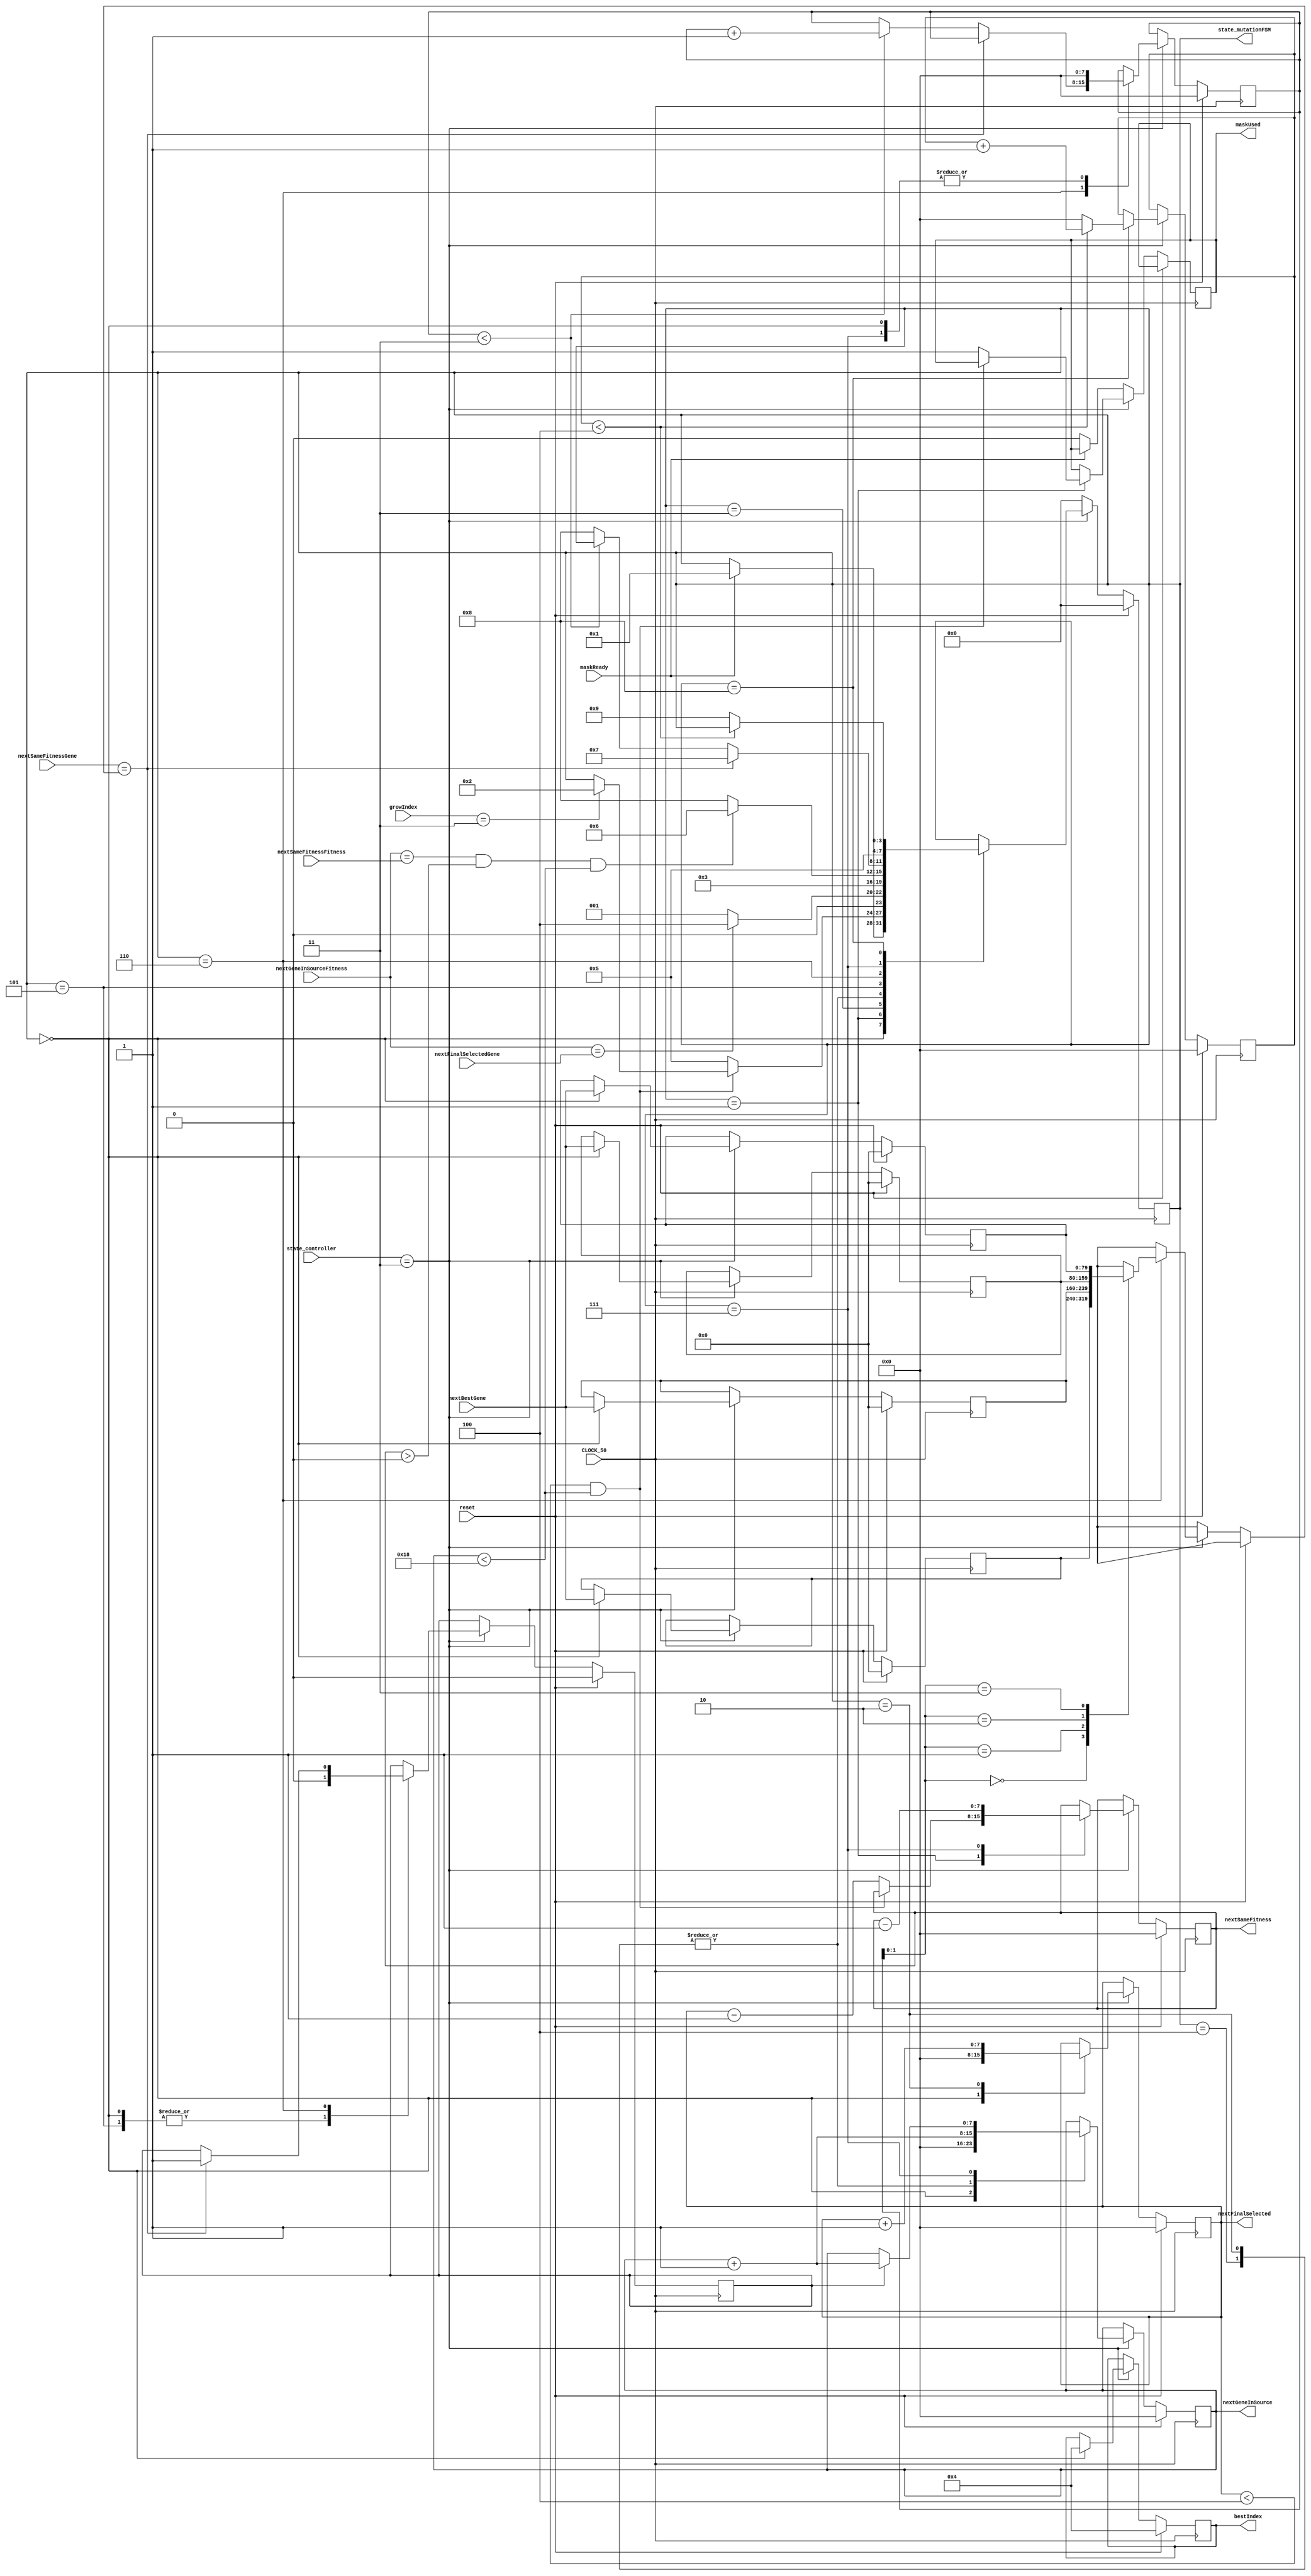
`timescale 1ns/1ns
module mutationFSM(CLOCK_50,reset,maskReady,state_controller,nextBestGene,nextSameFitnessFitness,nextGeneInSourceFitness,nextFinalSelectedGene,nextSameFitnessGene,growIndex,state_mutationFSM,maskUsed,bestIndex,nextSameFitness,nextGeneInSource,nextFinalSelected);
/*
	this function control all af the mutation process
			initial_mutationFSM in this state the registers which are indexes for gene selection have selected,
			mutation_mutationFSM in this state we choose nextFinalSelected which means the next best gene 
					and mutate it in 4(howGrowUp) ways,
			nextGene_mutationFSM in this state we select the next gene,
			repeatativeCheck_mutationFSM in this state it is checked if this new selected gene has been selected before or not,
			NextGeneInSource_mutationFSM in this state the pointer to the next gene in the source will increase,
			sameFitness_mutationFSM in this state we have check if the fitness of the nest gene is the same
					of the fitness of the gene which we have chosen, we substitute it for diversity,
			sameGeneChange_mutationFSM in this state we try to change old genes which have repeated a lot in the best items in iterations,
			nextSameGene_mutationFSM ,
			randomGenes_mutationFSM some of the genes is generated randomly for diversity,
			finished_mutationFSM in this state mutation has been finished;
*/

parameter howGrowUp = 4;
parameter geneBit = 80;
parameter population = 24;
parameter bestCount = 4;
parameter mutationMaskCount = 16;
parameter primaryInputCount = 8;
parameter mutation_controller = 3'b011;
parameter initial_mutationFSM = 4'b0000,
			mutation_mutationFSM = 4'b0001,
			nextGene_mutationFSM = 4'b0010,
			repeatativeCheck_mutationFSM = 4'b0011,
			NextGeneInSource_mutationFSM = 4'b0100,
			sameFitness_mutationFSM = 4'b0101,
			sameGeneChange_mutationFSM = 4'b0110,
			nextSameGene_mutationFSM = 4'b0111,
			randomGenes_mutationFSM = 4'b1000,
			finished_mutationFSM = 4'b1001;
			
			
  input CLOCK_50,reset,maskReady;
  input [2:0]state_controller;
 	input [geneBit-1:0]nextBestGene;//sortedGenes[bestIndex];
 	input [primaryInputCount+1:0]nextSameFitnessFitness;//genesFitness[nextSameFitness]
 	input [primaryInputCount+1:0]nextGeneInSourceFitness;//sortedGenes[nextGeneInSource]
 	input [geneBit-1:0]nextFinalSelectedGene;//genes[nextFinalSelected-1]
 	input [geneBit-1:0]nextSameFitnessGene;//genes[nextSameFitness]
 	input [7:0]growIndex;
  output reg [3:0]state_mutationFSM; 
 	output reg maskUsed;
  output reg [7:0]bestIndex,nextSameFitness,nextGeneInSource,nextFinalSelected;
  
	reg [7:0]randomCounter,bestCounter;
	
	integer popIndexMutate;
	reg [geneBit-1:0]best[bestCount-1:0];
	reg parentFound;
  
	always@(posedge CLOCK_50)begin//mutationFSM
    
	 if(reset)begin
		state_mutationFSM <= initial_mutationFSM;
		//mutationFinished <= 0;
		randomCounter <= 8'd0;
		nextGeneInSource <= 8'd0;
		nextFinalSelected <= 8'd0;
		bestCounter <= 8'd0;
		nextSameFitness <= 0;
		parentFound<=0;
		for(bestIndex=0;bestIndex<bestCount;bestIndex=bestIndex+1)begin
			best[bestIndex]<=0;
      end
	 end else if(state_controller==mutation_controller)begin
	
		case(state_mutationFSM)
		
			initial_mutationFSM : 
			begin
			   bestCounter <= 8'd0;
				nextGeneInSource <= 8'd0;
				nextFinalSelected <= 8'd0;
				parentFound<=0;
				for(bestIndex=0;bestIndex<bestCount;bestIndex=bestIndex+1)begin
       			best[bestIndex]<=nextBestGene;//sortedGenes[bestIndex];
        end
				if(maskReady)begin
					state_mutationFSM <= mutation_mutationFSM;
				end	
      end 

			mutation_mutationFSM :
			begin
				if(nextFinalSelected<bestCount && nextGeneInSource<population )begin
				  if(growIndex==howGrowUp-1)begin
					   state_mutationFSM <= nextGene_mutationFSM;
				  end   
				end else begin
				    nextSameFitness <= nextFinalSelected-8'd1;
					maskUsed<=1;
					state_mutationFSM <= sameFitness_mutationFSM;
				end
			end
			
			nextGene_mutationFSM :
			begin
				nextFinalSelected <= nextFinalSelected + 8'd1;
				nextGeneInSource <= nextGeneInSource + 8'd1;
				state_mutationFSM <= repeatativeCheck_mutationFSM;
			end
			
			repeatativeCheck_mutationFSM :
			begin
				if(nextGeneInSourceFitness==nextFinalSelectedGene)begin//genes[nextFinalSelected-1],sortedGenes[nextGeneInSource]
					state_mutationFSM <= NextGeneInSource_mutationFSM;
				end else begin
					state_mutationFSM <= mutation_mutationFSM;
				end
			end
			
			NextGeneInSource_mutationFSM :
			begin
				nextGeneInSource <= nextGeneInSource + 8'd1;
				state_mutationFSM <= repeatativeCheck_mutationFSM;
			end
			
			sameFitness_mutationFSM : //badi age fitnessesh yeksan bashe ba yeki az bestaye alan, mire oono 
		      									  //check mikone ba bestaye ghabli, age tekrari bashe, badi ro jash mizarim
			begin
				parentFound <= 0;
				if(nextGeneInSourceFitness==nextSameFitnessFitness && nextSameFitness>0 && nextGeneInSource<population )begin//genesFitness[nextSameFitness]
					state_mutationFSM <= sameGeneChange_mutationFSM;
				end else begin
					state_mutationFSM <= randomGenes_mutationFSM;
				end
			end
			
			sameGeneChange_mutationFSM : // mire ba bestaye ghabli check mikone, age tekrari bood ye jadid ke fitnessesh yeki hast ro jaygozin mikone
			begin
					if(nextSameFitnessGene==best[bestCounter])begin
						state_mutationFSM <= nextSameGene_mutationFSM;
						parentFound<=1;
					end else if(bestCounter<bestCount-1)begin			
						bestCounter <= bestCounter+1;
					end else begin
						state_mutationFSM <= randomGenes_mutationFSM;
					end		
			end
			
			
			nextSameGene_mutationFSM :
			begin	
				nextSameFitness<=nextSameFitness-8'd1;
				if(parentFound==1)begin
					nextGeneInSource <= nextGeneInSource + 8'd1;
				end
				state_mutationFSM <= sameFitness_mutationFSM;
				bestCounter<=0;
			end	
			
			randomGenes_mutationFSM :
			begin
			  if(randomCounter<population-mutationMaskCount-bestCount)begin
				 randomCounter<=randomCounter+8'd1;
			  end else begin
				 state_mutationFSM <= finished_mutationFSM;
				 //mutationFinished <= 1;
				 randomCounter <= 8'b0;
			  end    
			end
			finished_mutationFSM :
			begin
			end
			
 		default: 
		begin
		end     
	endcase
	end else begin
		//mutationFinished <= 0;
		state_mutationFSM <= initial_mutationFSM;
		if(maskReady==0)begin
			maskUsed<=0;
		end
	end//if
	end//while
	
	endmodule